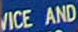
VICE AND